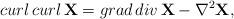
LaTeX: \begin{align*}curl\, curl\, {\bf X} = grad\, div\, {\bf X} -{\bf \nabla}^2 {\bf X},\end{align*}